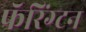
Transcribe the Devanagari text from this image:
फॅरिंग्टन